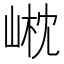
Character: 𡹟